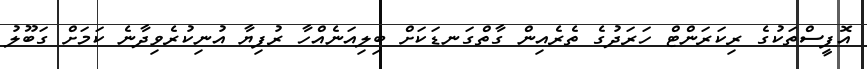
އޮފީސްތަކުގެ ރިކަރަންޓް ހަރަދުގެ ތެރެއިން ގާތްގަނޑަކަށް ބިލިއަނެއްހާ ރުފިޔާ އުނިކުރެވިދާނެ ކަމަށް ގަބޫލު